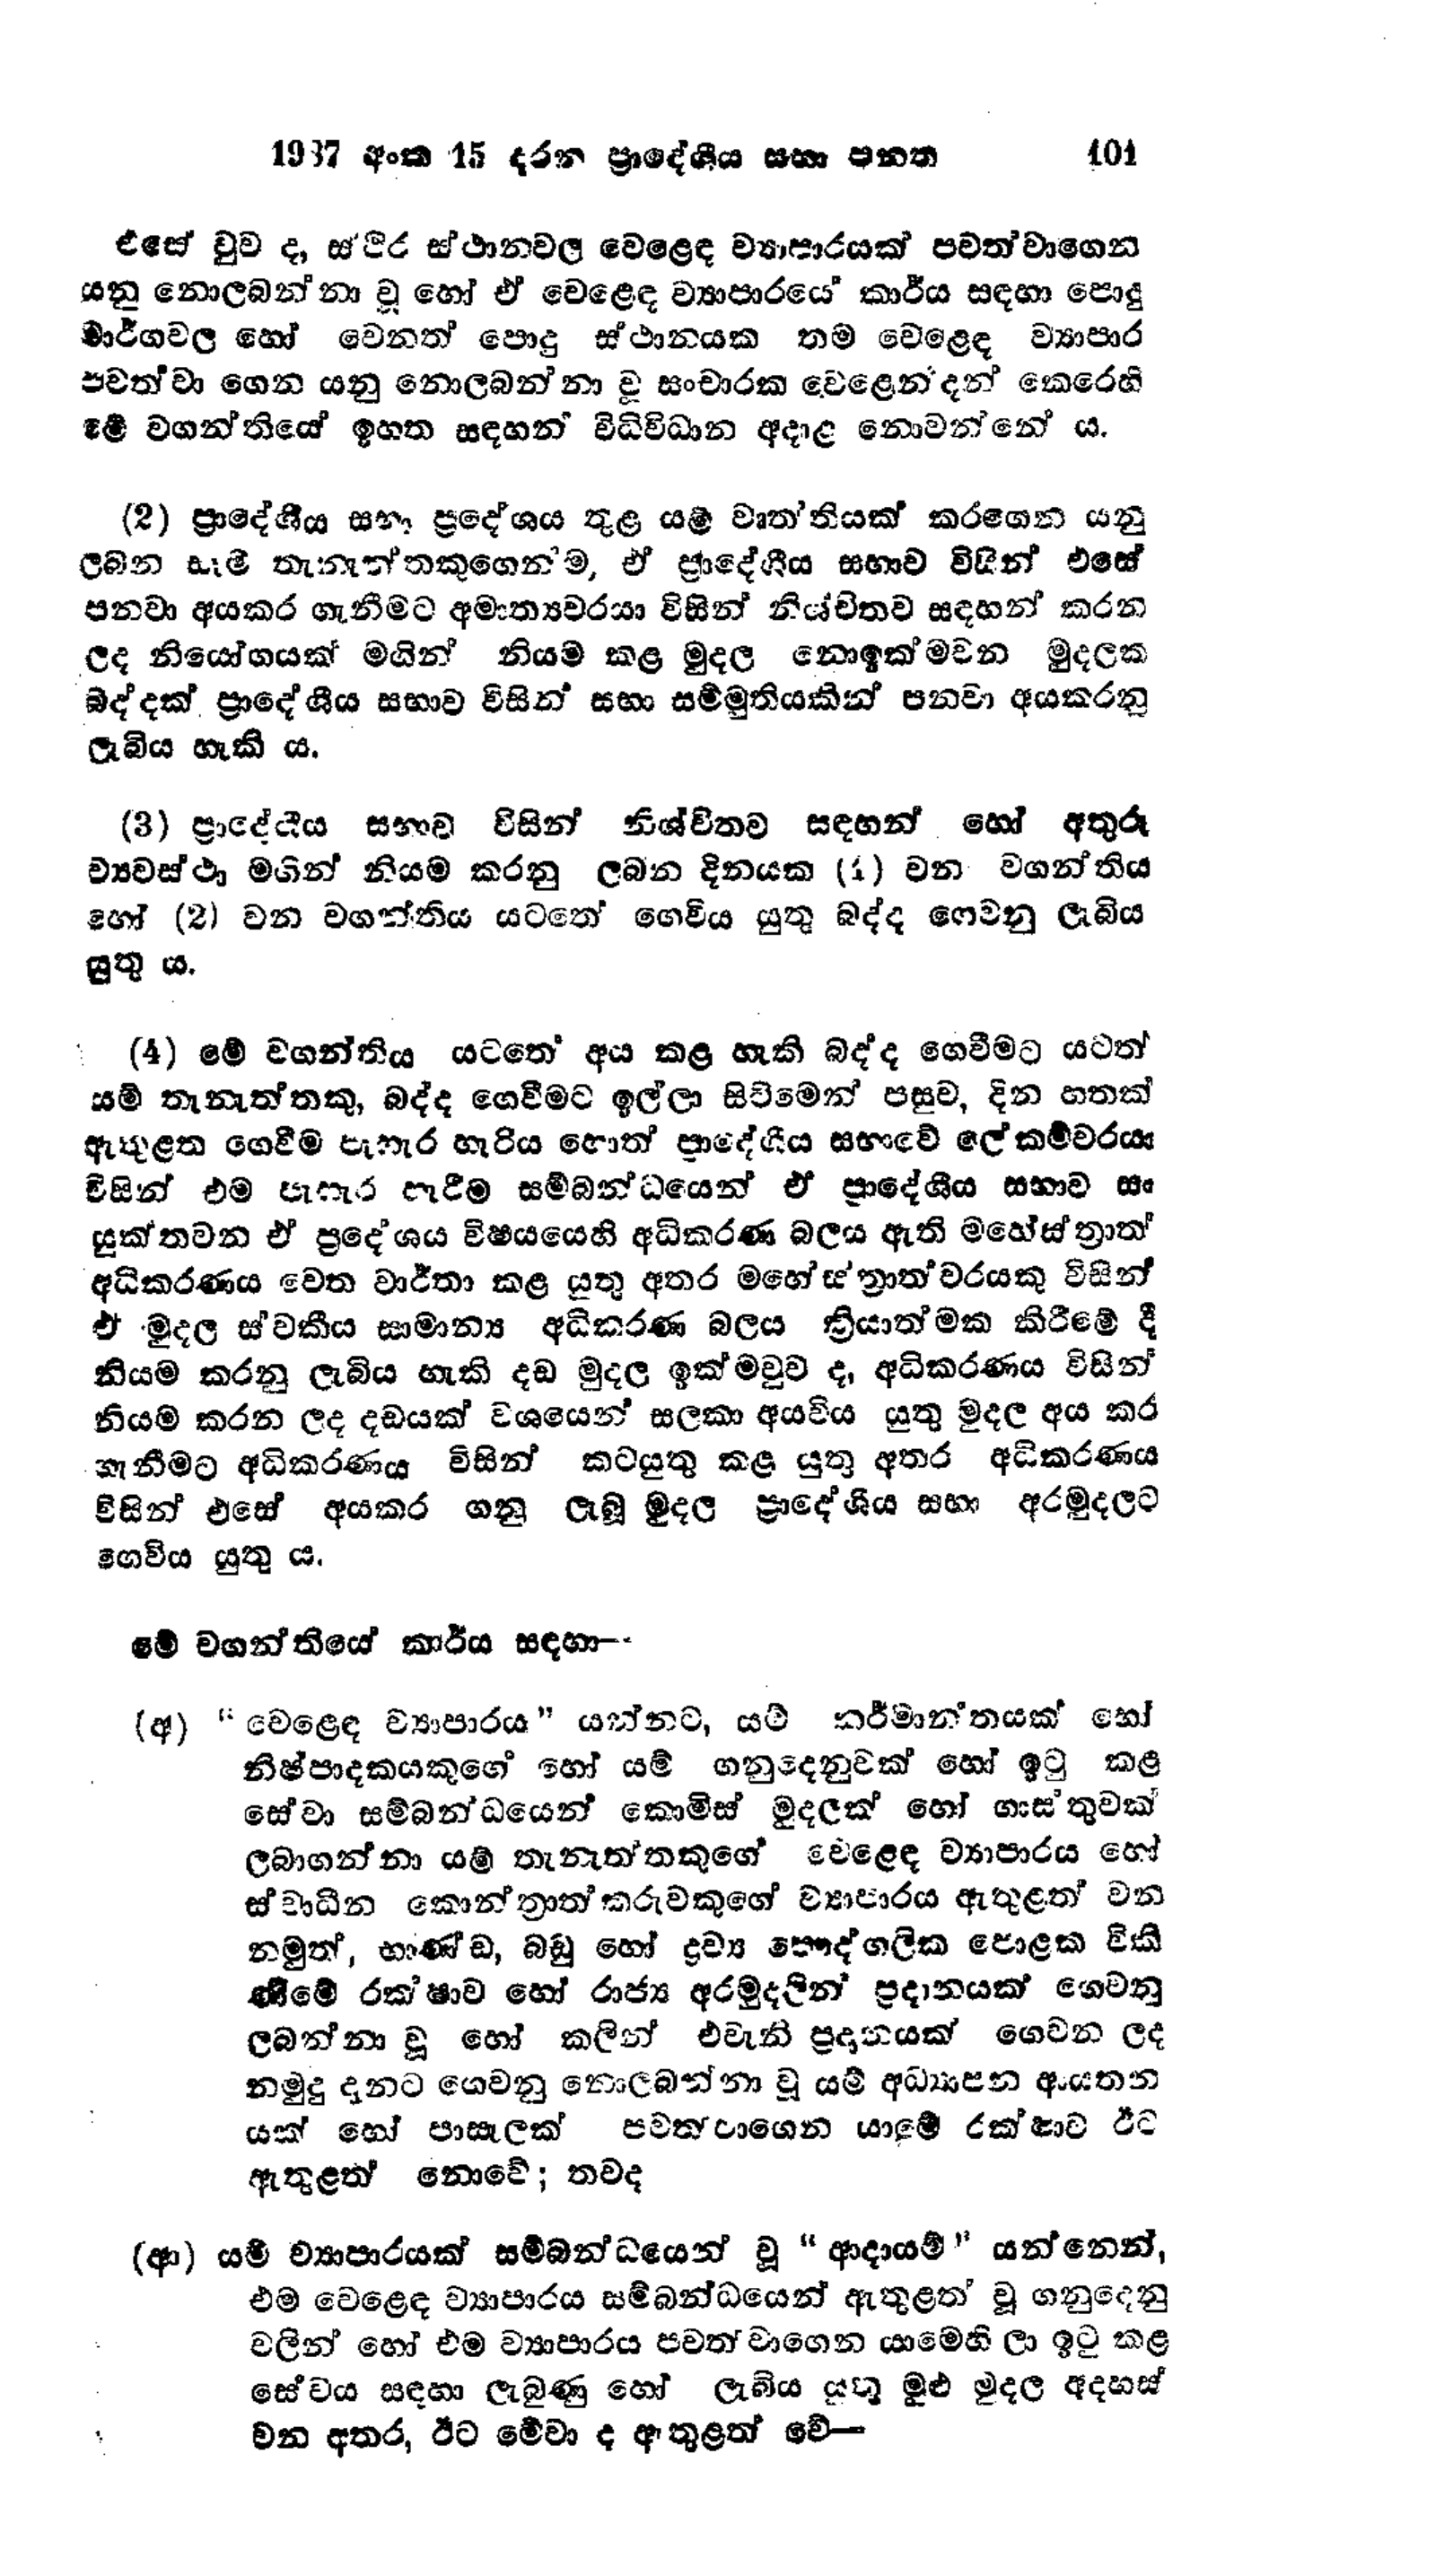
1937 අංක 15 දරන ප්‍රාදේශීය සභා පනත 101

එසේ වුව ද, ස්ථිර ස්ථානවල වෙළෙඳ ව්‍යාපාරයක් පවත්වාගෙන
යනු නොලබන්නා වූ හෝ ඒ වෙළෙඳ ව්‍යාපාරයේ කාර්ය සඳහා පොදු
මාර්ගවල හෝ වෙනත් පොදු ස්ථානයක තම වෙළෙඳ ව්‍යාපාර
පවත්වා ගෙන යනු නොලබන්නා වූ සංචාරක වෙළෙන්දන් කෙරෙහි
මේ වගන්තියේ ඉහත සඳහන් විධිවිධාන අදාළ නොවන්නේ ය.

(2) ප්‍රාදේශීය සභා ප්‍රදේශය තුළ යම් වෘතතියක් කරගෙන යනු
ලබන සෑම තැනැත්තකුගෙන්ම, ඒ ප්‍රාදේශීය සභාව විසින් එසේ
පනවා අයකර ගැනීමට අමාත්‍යවරයා විසින් නිශ්චිතව සඳහන් කරන
ලද නියෝගයක් මගින් නියම කළ මුදල නොඉක්මවන මුදලක
බද්දක් ප්‍රාදේශීය සභාව විසින් සභා සම්මුතියකින් පනවා අයකරනු
ලැබිය හැකි ය.

(3) ප්‍රාදේශීය සභාව විසින් නිශ්චිතව සඳහන් හෝ අතුරු
ව්‍යවස්ථා මගින් නියම කරනු ලබන දිනයක (4) වන වගන්තිය
හෝ (2) වන වගන්තිය යටතේ ගෙවිය යුතු බද්ද ගෙවනු ලැබිය
යුතුය.

(4) මේ වගන්තිය යටතේ අය කළ හැකි බද්ද ගෙවීමට යටත්
‍යම් තැනැත්තකු, බද්ද ගෙවීමට ඉල්ලා සිටීමෙන් පසුව, දින හතක්
ඇතුළත ගෙවීම පැහැර හැරිය හොත් ප්‍රාදේශීය සභාවේ ලේකම්වරයා
විසින් එම පැහැර හැරීම සම්බන්ධයෙන් ඒ ප්‍රාදේශීය සභාව සං
යුක්තවන ඒ ප්‍රදේශය විෂයයෙහි අධිකරණ බලය ඇති මහේස්ත්‍රාත
අධිකරණය වෙත වාර්තා කළ යුතු අතර මහේත්‍රාත්වරයකු විසින්
ඒ මුදල ස්වකීය සාමාන්‍ය අධිකරණ බලය ක්‍රියාත්මක කිරීමේ දී
නියම කරනු ලැබිය හැකි දඩ මුදල ඉක්මවුව ද, අධිකරණය විසින්
නියම කරන ලද දඩයක් වශයෙන් සලකා අයවිය යුතු මුදල අය කර
ගැනීමට අධිකරණය විසින් කටයුතු කළ යුතු අතර අධිකරණය
විසින් එසේ අයකර ගනු ලැබූ මුදල ප්‍රාදේශීය සභා අරමුදලට
ගෙවිය යුතු ය.

මේ වගන්තියේ කාර්ය සඳහා --

(අ) "වෙළෙඳ ව්‍යාපාරය" යන්නට, යම් කර්මාන්තයක් හෝ
නිෂ්පාදකයකුගේ හෝ යම් ගනුදෙනුවක් හෝ ඉටු කළ
සේවා සම්බන්ධයෙන් කොමිස් මුදලක් හෝ ගාස්තුවක්
ලබාගන්නා යම් තැනැත්තකුගේ වෙළෙඳ ව්‍යාපාරය හෝ
ස්වාධීන කොන්ත්‍රාත්කරුවකුගේ ව්‍යාපාරය ඇතුළත් වන
නමුත්, භාණ්ඩ, බඩු හෝ ද්‍රව්‍ය පෞද්ගලික පොළක විකි
ණිමේ රක්ෂාව හෝ රාජ්‍ය අරමුදලින් ප්‍රදානයක් ගෙවනු
ලබන්නා වූ හෝ කලින් එවැනි ප්‍රදානයක් ගෙවන ලද
නමුදු දනට ගෙවනු නොලබන්නා වූ යම්අධ්‍යාපන ආයතන
යක් හෝ පාසැලක් පවත්වා ගෙන යාමේ රක්ෂාව ඊට
ඇතුළත් නොවේ; තවද

(ආ) යම් ව්‍යාපාරයක් සම්බන්ධයෙන් වූ "ආදායම් " යන්නෙන්,
එම වෙළෙඳ ව්‍යාපාරය සම්බන්ධයෙන් ඇතුළත් වූ ගනුදෙනු
වලින් හෝ එම ව්‍යාපාරය පවත්වාගෙන යාමෙහි ලා ඉටු කළ
සේවය සඳහා ලැබුණු හෝ ලැබිය යුතු මුළු මුදල අදහස්
වන අතර, ඊට මේවා ද ඇතුළත් වේ-